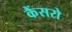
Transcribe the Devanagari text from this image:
कैंसरो